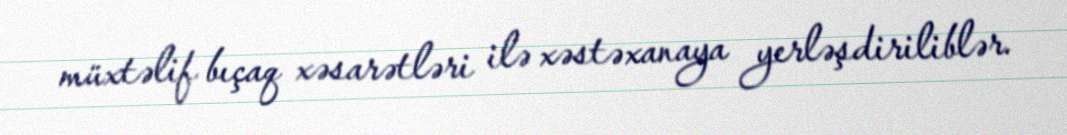
müxtəlif bıçaq xəsarətləri ilə xəstəxanaya yerləşdiriliblər.